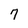
Character: 7